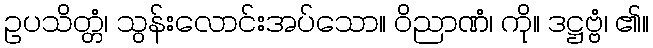
ဥပသိတ္တံ၊ သွန်းလောင်းအပ်သော။ ဝိညာဏံ၊ ကို။ ဒဋ္ဌဗ္ဗံ၊ ၏။